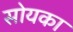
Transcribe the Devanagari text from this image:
सोयका